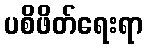
ပစိဖိတ်ရေးရာ